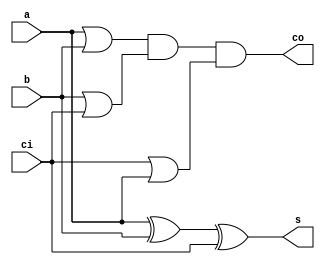
// 1-bit Adder 
module adder(s, co, a, b, ci);

   output s, co;	//Outputs of Sum and Carry Out
   input  a, b, ci;	//Inputs of A, b and Carry In
   
   wire   o0, o1, o2;	//Internal wiring
   	
   xor(s, a, b, ci);	//Calculation of Sum
   
   or(o0, a, b);	//Calculation of Carry Out
   or(o1, b, ci);
   or(o2, ci, a);
   and(co, o0, o1, o2);
   
endmodule // adder

//7-bit adder used in the final calculation after the 3:2 adders have done there thing
module adder7(s, co, a, b, ci);
   
   output [6:0] s;	//7-bit Sum output
   output co;		//Output bit of Carry out
   
   input [6:0] 	a, b;	//7-bit Input A and B
   input ci;			//Input bit of Carry in
   
   wire 	c1, c2, c3, c4, c5, c6;	

   adder a0(s[0], c1, a[0], b[0], ci);	
   adder a1(s[1], c2, a[1], b[1], c1);	
   adder a2(s[2], c3, a[2], b[2], c2);
   adder a3(s[3], c4, a[3], b[3], c3);
   adder a4(s[4], c5, a[4], b[4], c4);
   adder a5(s[5], c6, a[5], b[5], c5);
   adder a6(s[6], co, a[6], b[6], c6);
   
endmodule // adder7

module adder4_2(s, co, a, b, c, d); //used as second level in tree structure
   
   output [6:0] s,co;	//7-bit Sum output and 7-bit carry in where co[0] = 0 (Carry In will be added in later)
   input [6:0] 	a, b, c, d ;	//7-bit Input A, B, C, D

   wire [6:0] ts;
   wire [6:0] tc;
   wire c1,c2;//crap 1 and 2
  
  assign co[0] = 0;
  assign tc[0] = 0;
  
   adder s00(ts[0],tc[1],a[0],b[0],c[0]);
   adder s01(ts[1],tc[2],a[1],b[1],c[1]);
   adder s02(ts[2],tc[3],a[2],b[2],c[2]);
   adder s03(ts[3],tc[4],a[3],b[3],c[3]);
   adder s04(ts[4],tc[5],a[4],b[4],c[4]);
   adder s05(ts[5],tc[6],a[5],b[5],c[5]);
   adder s06(ts[6],c1,   a[6],b[6],c[6]);
     
   adder s10(s[0],co[1],ts[0],d[0],tc[0]);
   adder s11(s[1],co[2],ts[1],d[1],tc[1]);
   adder s12(s[2],co[3],ts[2],d[2],tc[2]);
   adder s13(s[3],co[4],ts[3],d[3],tc[3]);
   adder s14(s[4],co[5],ts[4],d[4],tc[4]);
   adder s15(s[5],co[6],ts[5],d[5],tc[5]);
   adder s16(s[6],c2,  ts[6],d[6],tc[6]);
     
endmodule

//5:2 adder with all inputs and outputs 7-bit wide
module adder5_2(s, co, a, b, c, d, e);
   
   output [6:0] s,co;	//7-bit Sum output and 7-bit carry in where co[0] = 0 (Carry In will be added in later)
   input [6:0] 	a, b, c, d, e;	//7-bit Input A, B, C, D, E

   wire [6:0] ts0, ts1;
   wire [6:0] tc0, tc1;
   wire c1,c2, c3, c4;//crap 1 and 2
   wire t1, t2;

  assign tc0[0] = 0;
  assign tc1[0] = 0;
  assign co[0] = 0;  
   
   adder s00(ts0[0],tc0[1],a[0],b[0],c[0]);
   adder s01(ts0[1],tc0[2],a[1],b[1],c[1]);
   adder s02(ts0[2],tc0[3],a[2],b[2],c[2]);
   adder s03(ts0[3],tc0[4],a[3],b[3],c[3]);
   adder s04(ts0[4],tc0[5],a[4],b[4],c[4]);
   adder s05(ts0[5],tc0[6],a[5],b[5],c[5]);
   adder s06(ts0[6],c1,a[6],b[6],c[6]);
   
   adder s10(ts1[0],tc1[1],ts0[0],d[0],e[0]);
   adder s11(ts1[1],tc1[2],ts0[1],d[1],e[1]);
   adder s12(ts1[2],tc1[3],ts0[2],d[2],e[2]);
   adder s13(ts1[3],tc1[4],ts0[3],d[3],e[3]);
   adder s14(ts1[4],tc1[5],ts0[4],d[4],e[4]);
   adder s15(ts1[5],tc1[6],ts0[5],d[5],e[5]);
   adder s16(ts1[6],c2, ts0[6],d[6],e[6]);   
   
   adder s20(s[0],co[1],ts1[0],tc0[0],tc1[0]);
   adder s21(s[1],co[2],ts1[1],tc0[1],tc1[1]);
   adder s22(s[2],co[3],ts1[2],tc0[2],tc1[2]);
   adder s23(s[3],co[4],ts1[3],tc0[3],tc1[3]);
   adder s24(s[4],co[5],ts1[4],tc0[4],tc1[4]);
   adder s25(s[5],co[6],ts1[5],tc0[5],tc1[5]);
   adder s26(s[6],  c3, ts1[6],tc0[6],tc1[6]);
 
endmodule // adder8

//7-operand adder utilizing the 3:2 adders
module adder_tree5(s, co, a, b, c, d, e, f, g, h, i, j, ci);

	output [6:0] s;
	output co;
	input  [6:0] a, b, c, d, e, f, g, h, i, j;
	input ci; 

	wire [6:0] ts1, ts2, ts3;
	wire [6:0] tc1, tc2, tc3;
	
	//3:2 adders in linear fashion
	adder5_2 a1(ts1, tc1, a, b, c, d, e);
	adder5_2 a2(ts2, tc2, f, g, h, i, j);
	adder4_2 a3(ts3, tc3, ts1, tc1, ts2, tc2);

	adder7 a4(s, co, ts3, tc3, ci);		//normal FA implementation, adds in ci 

endmodule //7-operand adder